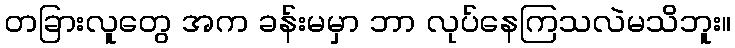
တခြားလူတွေ အက ခန်းမမှာ ဘာ လုပ်နေကြသလဲမသိဘူး။